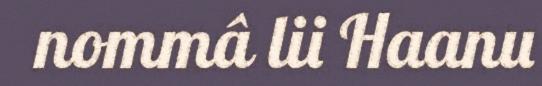
nommâ lii Haanu